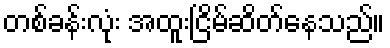
တစ်ခန်းလုံး အထူးငြိမ်ဆိတ်နေသည်။